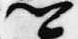
卿